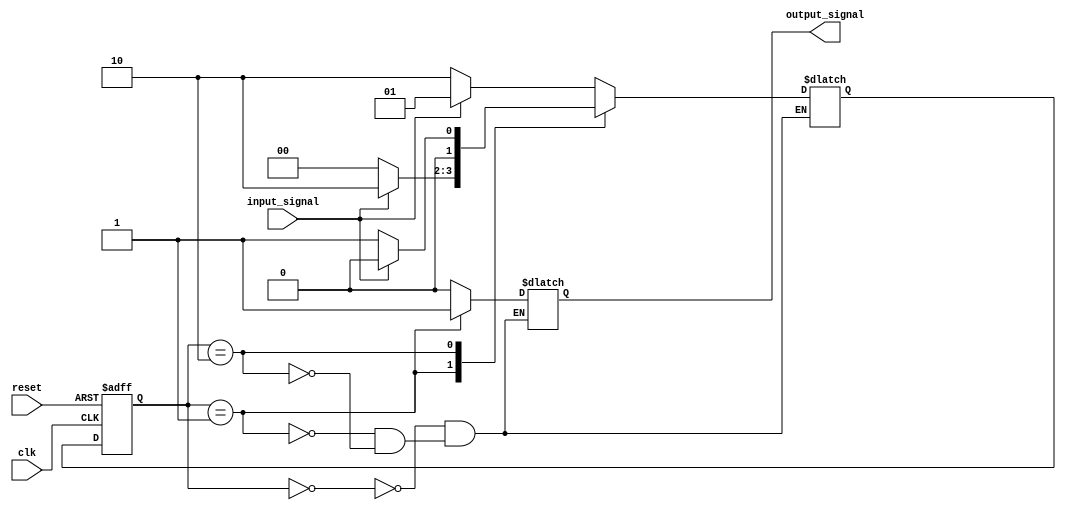
module moore_state_machine (
    input wire clk,
    input wire reset,
    input wire input_signal,
    output reg output_signal
);

// Define states of the state machine
parameter STATE_A = 2'b00;
parameter STATE_B = 2'b01;
parameter STATE_C = 2'b10;

// Define state registers
reg [1:0] current_state;
reg [1:0] next_state;

// State transition logic
always @(posedge clk or posedge reset) begin
    if (reset) begin
        current_state <= STATE_A;
    end else begin
        current_state <= next_state;
    end
end

// Output logic
always @(*) begin
    case (current_state)
        STATE_A: begin
            next_state = (input_signal) ? STATE_B : STATE_C;
            output_signal = 1'b0;
        end
        STATE_B: begin
            next_state = (input_signal) ? STATE_C : STATE_A;
            output_signal = 1'b1;
        end
        STATE_C: begin
            next_state = (input_signal) ? STATE_A : STATE_B;
            output_signal = 1'b0;
        end
    endcase
end

endmodule